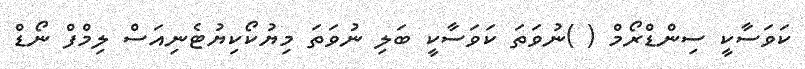
ކަވަސާކީ ސިންޑްރޯމް ( )ނުވަތަ ކަވަސާކީ ބަލި ނުވަތަ މިޔުކޯކިޔުޓެނިއަސް ލިމްފް ނޯޑް